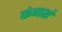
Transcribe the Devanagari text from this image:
फंगशं